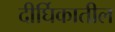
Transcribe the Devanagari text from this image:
दीर्घिकातील